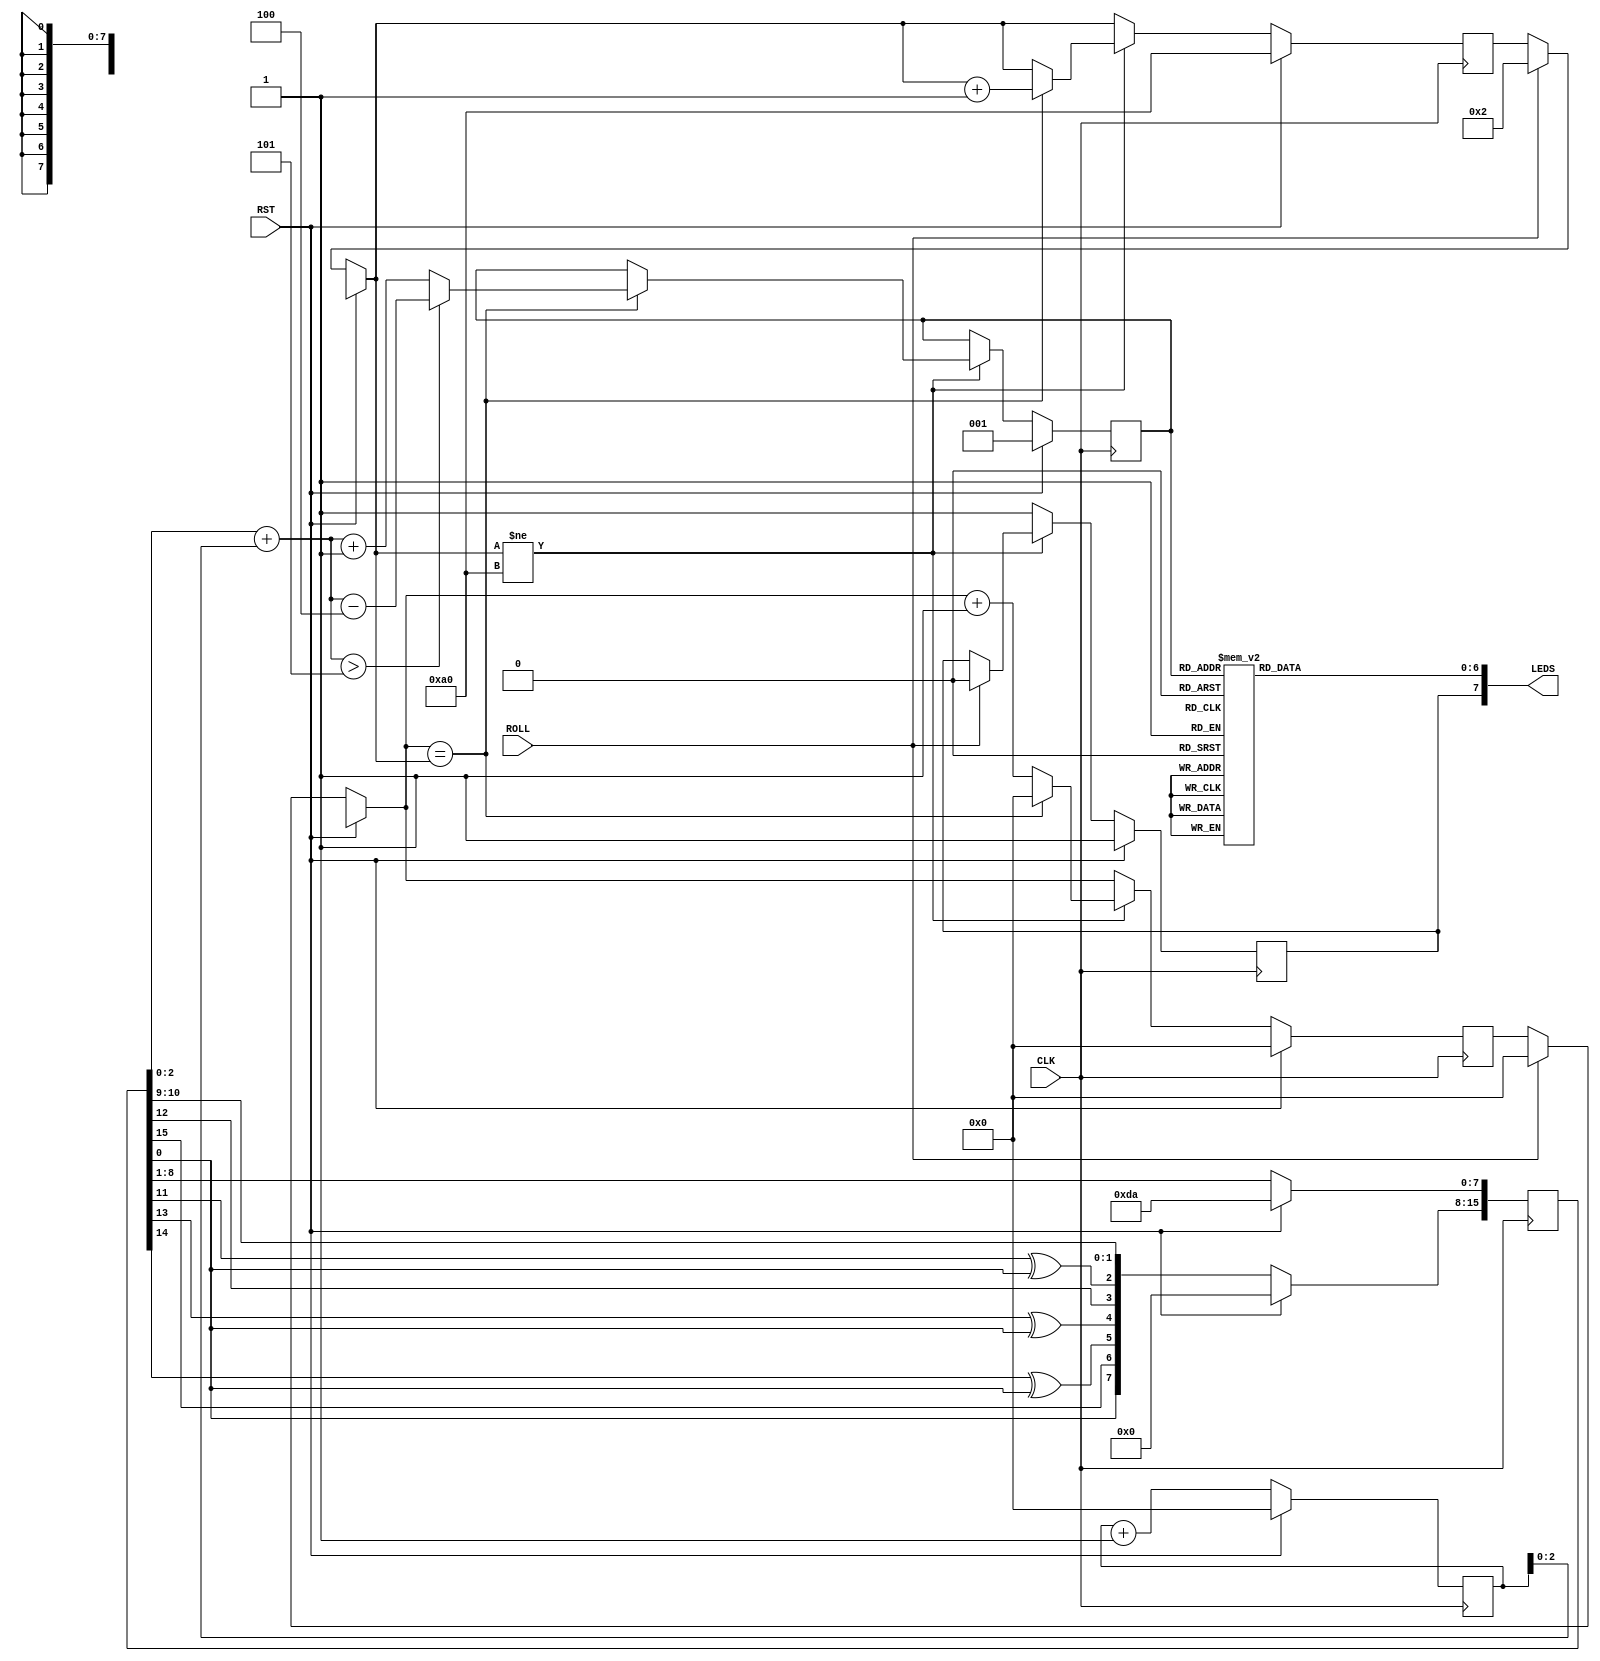
module dice(input CLK, input RST, input ROLL, output [7:0] LEDS);
	reg[2:0] bcd;
	reg[6:0] segments;
	always @(*) begin
		case(bcd)
			0: segments = 7'b0111111;
			1: segments = 7'b0000110;
			2: segments = 7'b1011011;
			3: segments = 7'b1001111;
			4: segments = 7'b1100110;
			5: segments = 7'b1101101;
			6: segments = 7'b1111100;
			7: segments = 7'b0000111;
		endcase
	end
	assign LEDS[6:0] = segments[6:0];
	reg rolling;
	reg [15:0] lfsr;
	reg [15:0] counter;
	reg [7:0] clkdiv;
	reg [15:0] r_counter;
	reg dp;
	assign LEDS[7] = dp;
	wire [15:0] random = lfsr + r_counter;
	
	always @(posedge CLK) begin
		if(RST) begin
			rolling <= 0;
			lfsr[15:8] <= 0;
			lfsr[7:0] <= 8'b11011010;
			counter <= 0;
			clkdiv <= 8'b10100000;
			bcd <= 1;
			dp <= 1;
			r_counter <= 0;
		end else begin
			lfsr <= {lfsr[0], lfsr[15], lfsr[14] ^ lfsr[0], lfsr[13] ^ lfsr[0], lfsr[12] ,lfsr[11] ^ lfsr[0], lfsr[10:1]};
			r_counter <= r_counter + 1;
			
			if(ROLL) begin
				clkdiv = 2;
				counter = 0;
				dp = 0;
			end
			if(clkdiv != 8'b10100000) begin
				counter <= counter + 1;
				if(counter == clkdiv) begin
					counter <= 0;
					clkdiv <= clkdiv + 1;
					if(random[2:0] > 5) begin
						bcd[2:0] <= random[2:0] - 4;
					end else begin
						bcd[2:0] <= random[2:0] + 1;
					end
				end
			end else begin
				dp = 1;
			end
		end
	end
endmodule